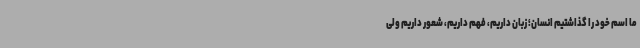
ما اسم خود را گذاشتیم انسان؛ زبان داریم، فهم داریم، شعور داریم ولی